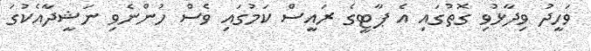
ވަހީދު ވިދާޅުވި ގޮތުގައި އެ ޕާޓީގެ ރައީސް ކަމުގައި ވެސް ހުންނެވި ނަޝީދާއެކުގަ